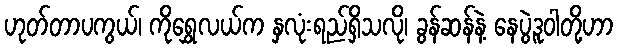
ဟုတ်တာပကွယ်၊ ကိုရွှေလယ်က နှလုံးရည်ရှိသလို၊ ခွန်ဆန်နဲ့ နေပွဲဒူဝါတို့ဟာ